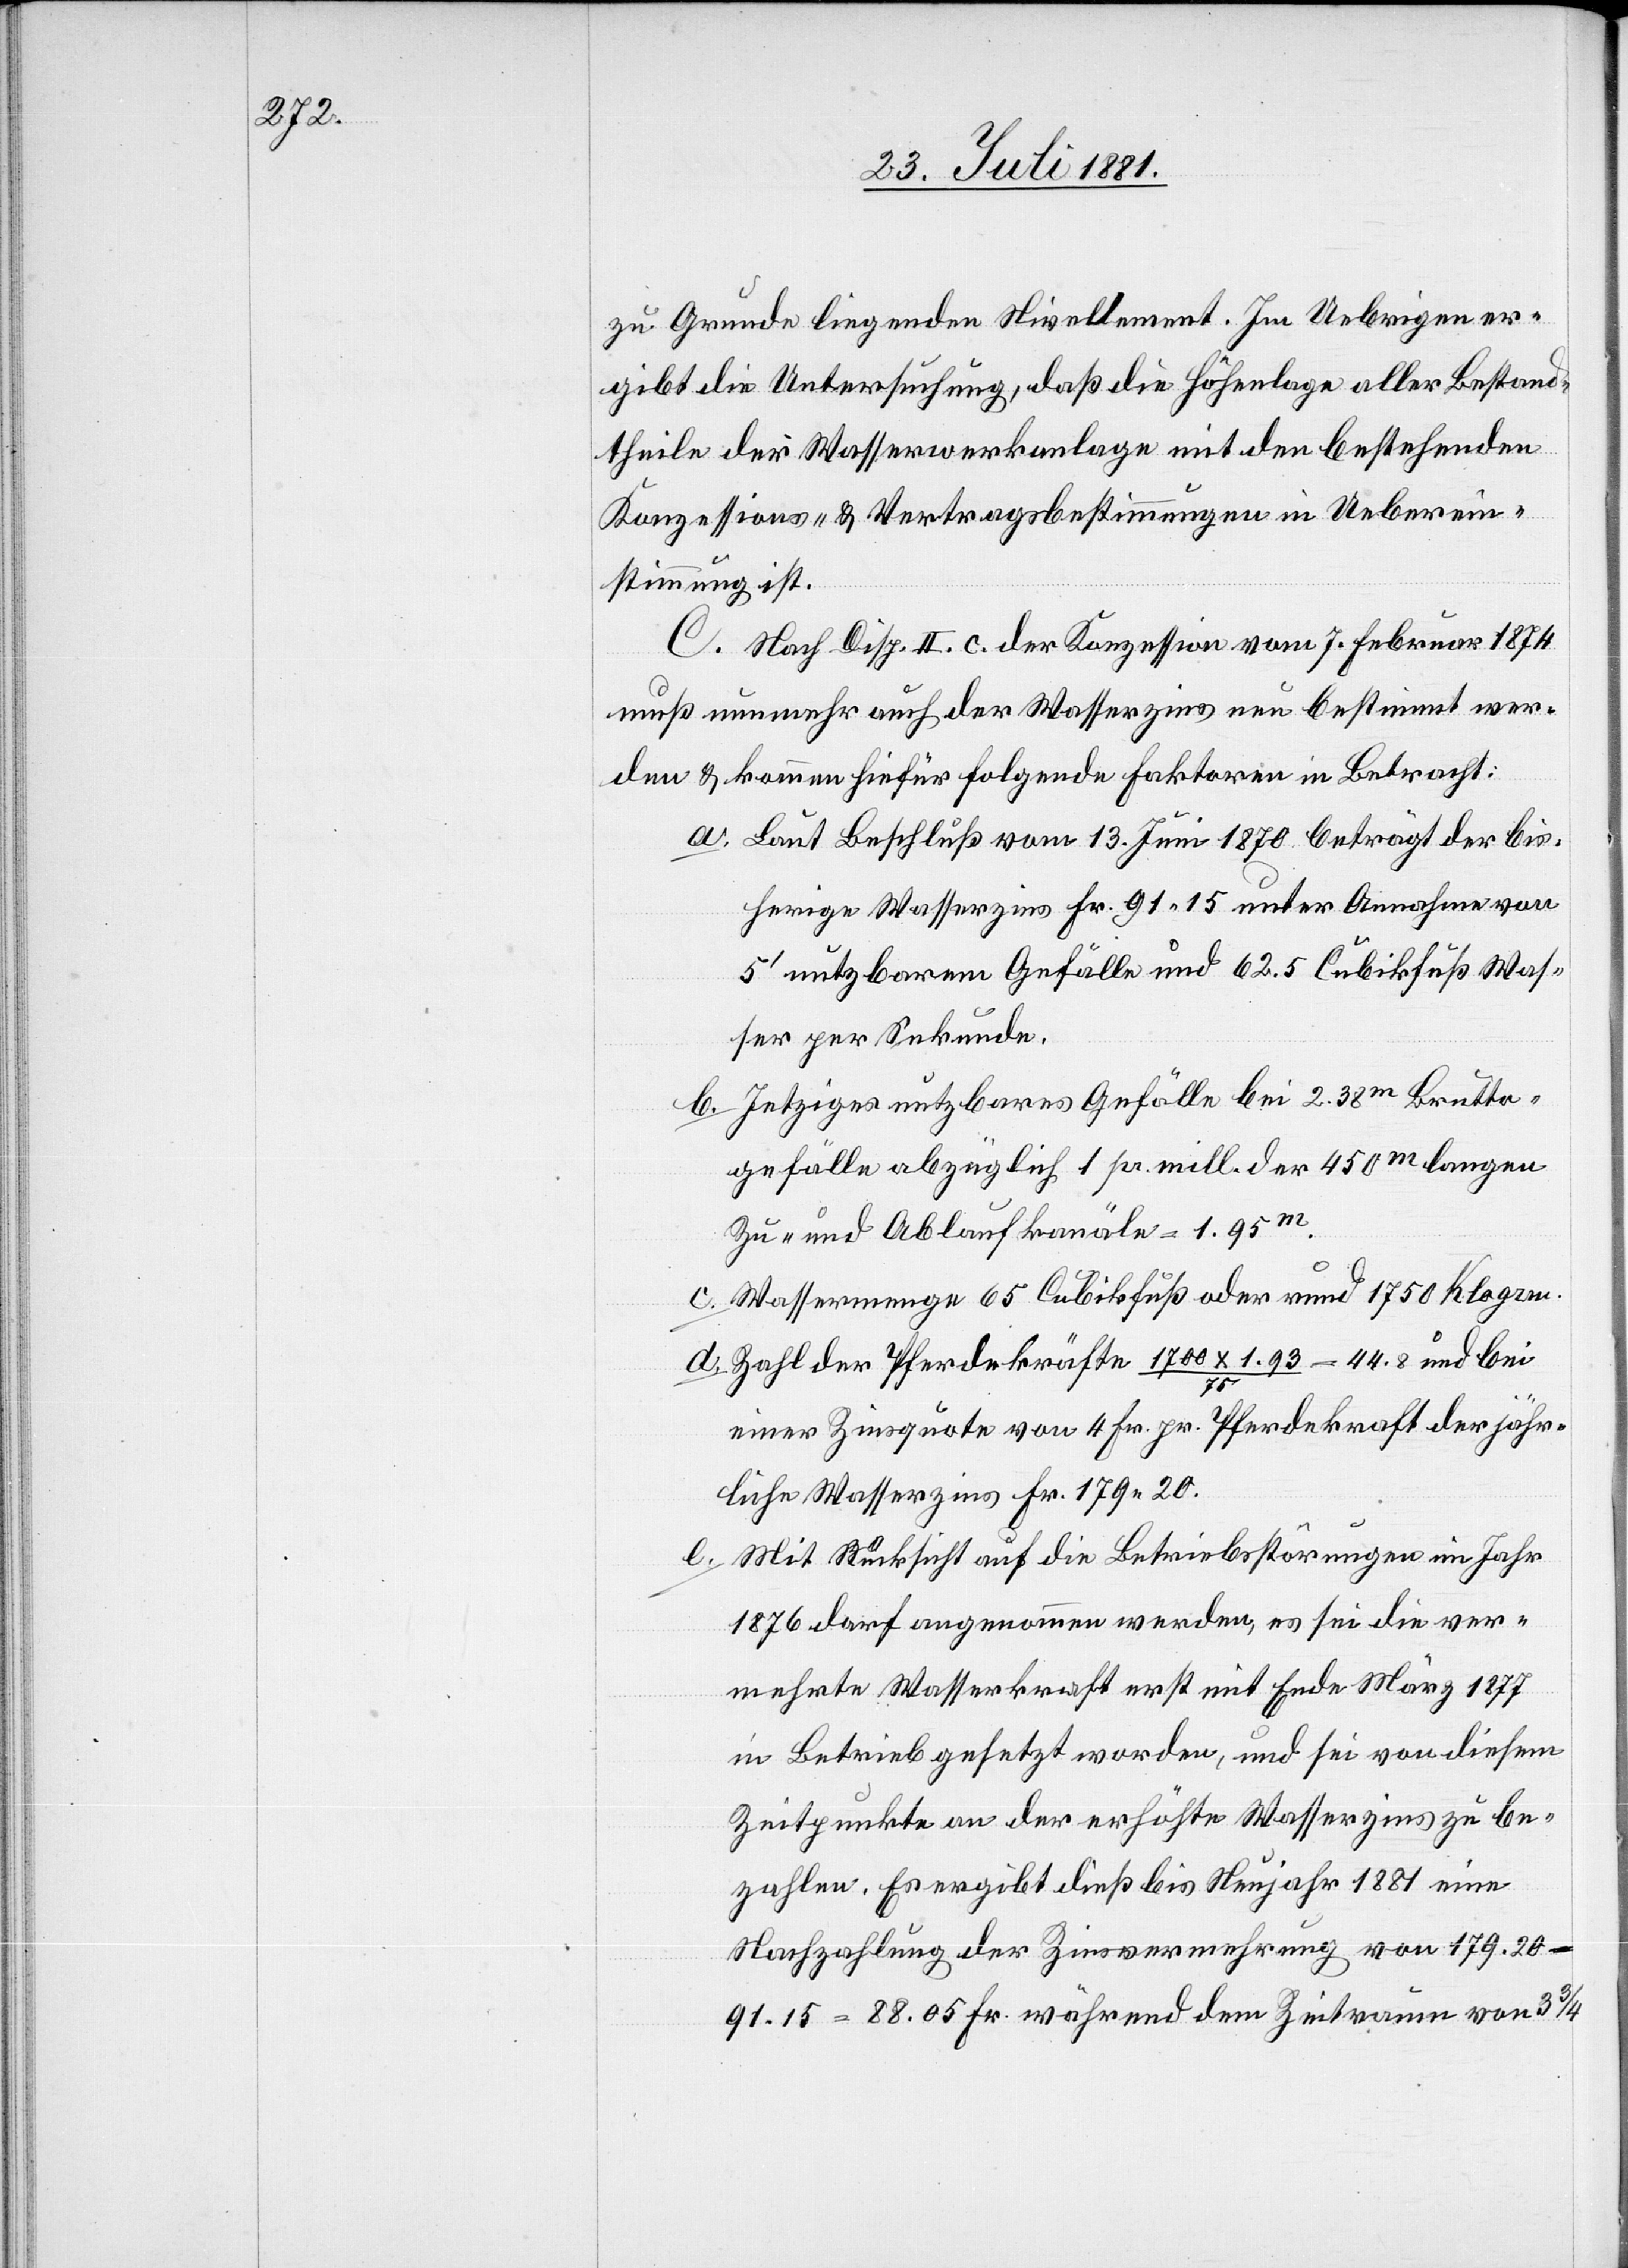
zu Grunde liegenden Nivellement. Im Uebrigen er¬
gibt die Untersuchung, daß die Höhenlage aller Bestand¬
theile der Wasserwerkanlage mit den bestehenden
Konzessions- & Vertragsbestimmungen in Ueberein¬
stimmung ist.
C. Nach Disp. II. c. der Konzession vom 7. Februar 1874
muß nunmehr auch der Wasserzins neu bestimmt wer¬
den & kommen hiefür folgende Faktoren in Betracht:
a. Laut Beschluß vom 13. Juni 1870 beträgt der bis¬
herige Wasserzins Fr. 91 15 unter Annahme von
5‘ nutzbarem Gefälle und 62.5 Cubikfuß Was¬
ser per Sekunde.
b. Jetziges nutzbares Gefälle bei 2.38m Brutto¬
gefälle abzüglich 1 pr. mill. der 450m langen
Zu- und Ablaufkanäle = 1.95m.
c. Wassermenge 65 Cubikfuß rund 1750 Klogrm.
d. Zahl der Pferdekräfte 1700 x 1.93/75 = 44.8 und bei
einer Zinsquote von 4 Fr. pr. Pferdekraft der jähr¬
liche Wasserzins Fr. 179 20.
e. Mit Rücksicht auf die Betriebsstörungen im Jahr
1876 darf angenommen werden, es sei die ver¬
mehrte Wasserkraft erst mit Ende März 1877
in Betrieb gesetzt worden, und sei von diesem
Zeitpunkte an der erhöhte Wasserzins zu be¬
zahlen. Es ergibt dieß bis Neujahr 1881 eine
Nachzahlung der Zinsvermehrung von 179.20 –
91.15 = 88.05 Fr. während dem Zeitraum von 3 3/4